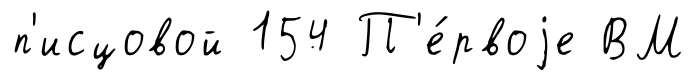
п'исцовой 154 П'е́рвоjе ВМ